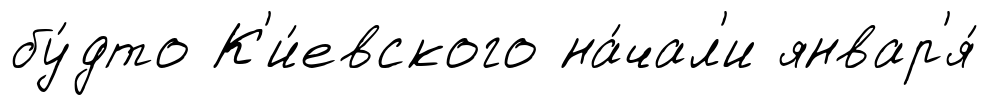
бу́дто К'и́евского на́чал'и январ'я́